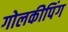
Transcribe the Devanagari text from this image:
गोलकीपिंग